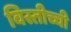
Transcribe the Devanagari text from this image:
विस्तीच्ची